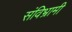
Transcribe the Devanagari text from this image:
संविभ्रामी